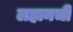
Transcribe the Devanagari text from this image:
लहानची